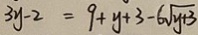
3 y - 2 = 9 + y + 3 - 6 \sqrt { y + 3 }